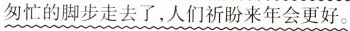
匆忙的脚步走去了，人们祈盼来年会更好。